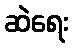
ဆဲရေး